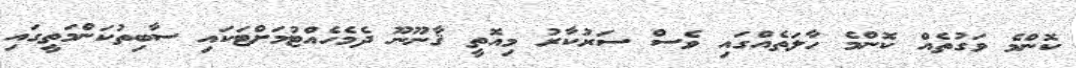
ކޮންމެ ވަގުތެއް ކޮންމެ ހާލަތެއްގައި ވެސް ސަރުކާރު މިއޮތީ ޤާނޫނޫ ދެމެހެއްޓުމަށްޓަކައި ސާބިތުކަންމަތީގައި